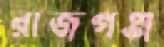
রাজগঞ্জ